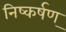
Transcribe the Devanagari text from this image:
निष्कर्षण्